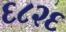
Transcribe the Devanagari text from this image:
६८२६